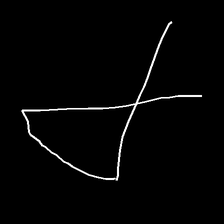
Glyph: collection